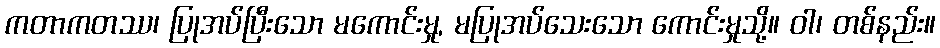
ကတာကတဿ၊ ပြုအပ်ပြီးသော မကောင်းမှု, မပြုအပ်သေးသော ကောင်းမှုသို့။ ဝါ၊ တစ်နည်း။